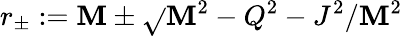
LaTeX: r_{\pm}:=\mathbf{M}\pm{\sqrt{}{{\mathbf{M}^{2}-Q^{2}-J^{2}/\mathbf{M}^{2}}}}